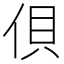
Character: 𰂇